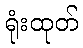
ရုံးထုတ်